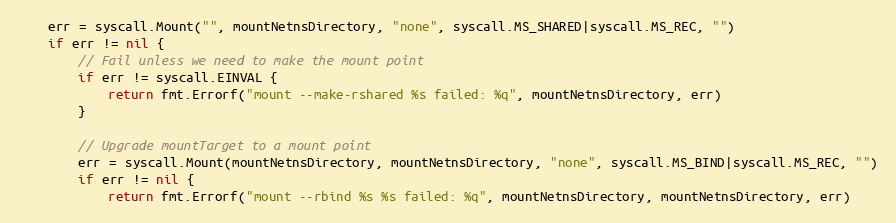
Language: Go
	err = syscall.Mount("", mountNetnsDirectory, "none", syscall.MS_SHARED|syscall.MS_REC, "")
	if err != nil {
		// Fail unless we need to make the mount point
		if err != syscall.EINVAL {
			return fmt.Errorf("mount --make-rshared %s failed: %q", mountNetnsDirectory, err)
		}

		// Upgrade mountTarget to a mount point
		err = syscall.Mount(mountNetnsDirectory, mountNetnsDirectory, "none", syscall.MS_BIND|syscall.MS_REC, "")
		if err != nil {
			return fmt.Errorf("mount --rbind %s %s failed: %q", mountNetnsDirectory, mountNetnsDirectory, err)